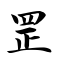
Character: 罡